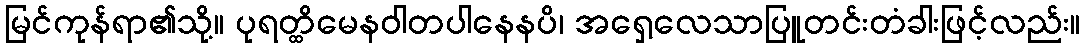
မြင်ကုန်ရာ၏သို့။ ပုရတ္ထိမေနဝါတပါနေနပိ၊ အရှေ့လေသာပြူတင်းတံခါးဖြင့်လည်း။